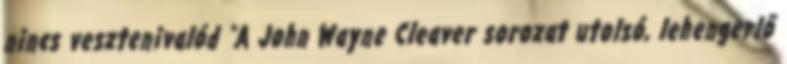
​nincs vesztenivalód "A John Wayne Cleaver sorozat utolsó, lehengerlő